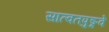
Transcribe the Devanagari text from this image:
सात्वतपुङ्गवे